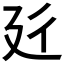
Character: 𱝑